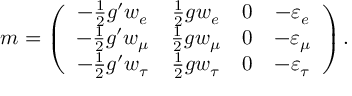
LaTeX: m = \left( \begin{array} { c c c c } { { - { \frac { 1 } { 2 } } g ^ { \prime } w _ { e } } } & { { { \frac { 1 } { 2 } } g w _ { e } } } & { { 0 } } & { { - \varepsilon _ { e } } } \\ { { - { \frac { 1 } { 2 } } g ^ { \prime } w _ { \mu } } } & { { { \frac { 1 } { 2 } } g w _ { \mu } } } & { { 0 } } & { { - \varepsilon _ { \mu } } } \\ { { - { \frac { 1 } { 2 } } g ^ { \prime } w _ { \tau } } } & { { { \frac { 1 } { 2 } } g w _ { \tau } } } & { { 0 } } & { { - \varepsilon _ { \tau } } } \end{array} \right) .